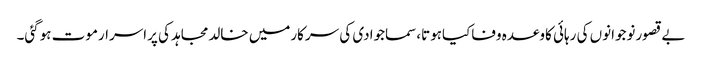
بے قصورنوجوانوں کی رہائی کاوعدہ وفاکیاہوتا،سماجوادی کی سرکارمیں خالدمجاہد کی پراسرارموت ہوگئی۔